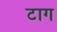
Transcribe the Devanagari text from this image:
टाग